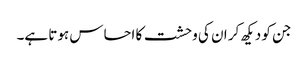
جن کو دیکھ کر ان کی وحشت کا احساس ہوتا ہے۔